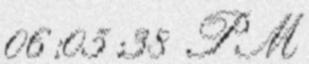
06:05:38 PM